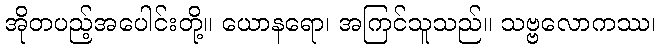
အိုတပည့်အပေါင်းတို့။ ယောနရော၊ အကြင်သူသည်။ သဗ္ဗလောကဿ၊